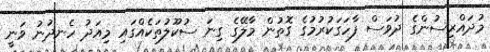
މުދައްރިސުންގެ ދުވަސް ފާހަގަކުރުމުގެ ގޮތުން މާލޭގެ ގިނަ ސުކޫލުތަކެއްގައި މިއަދު ހެނދުނު ވަނީ